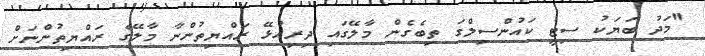
"މަދު ބަޔަކު ސިޓީ ކައުންސިލްގަ ތިބެގެން މާލޭގައި ދިރިއުޅޭ ރައްޔިތުންނާ މާލޭގެ ރައްޔިތުންނަށް